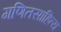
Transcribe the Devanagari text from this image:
गणितसाहित्य